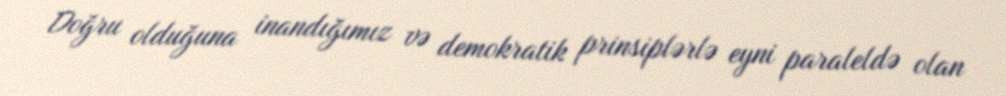
Doğru olduğuna inandığımız və demokratik prinsiplərlə eyni paraleldə olan